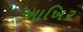
આખિર